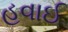
હવાઈ